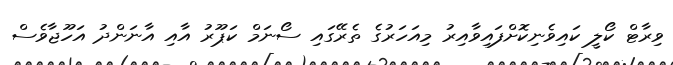
ވިރާޓް ކޯލީ ކައިވެނިކޮށްފައިވާއިރު މިއަހަރުގެ ތެރޭގައި ސޯނަމް ކަޕޫރު އާއި އާނަންދު އަހޫޖާވެސް